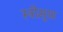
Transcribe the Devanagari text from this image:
स्त्रीमुख